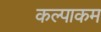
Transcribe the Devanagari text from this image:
कल्पाकम